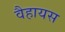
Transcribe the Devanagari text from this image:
वैहायस